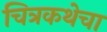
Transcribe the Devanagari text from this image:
चित्रकथेचा